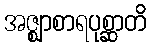
အဇ္ဈာစာရပုစ္ဆာတိ